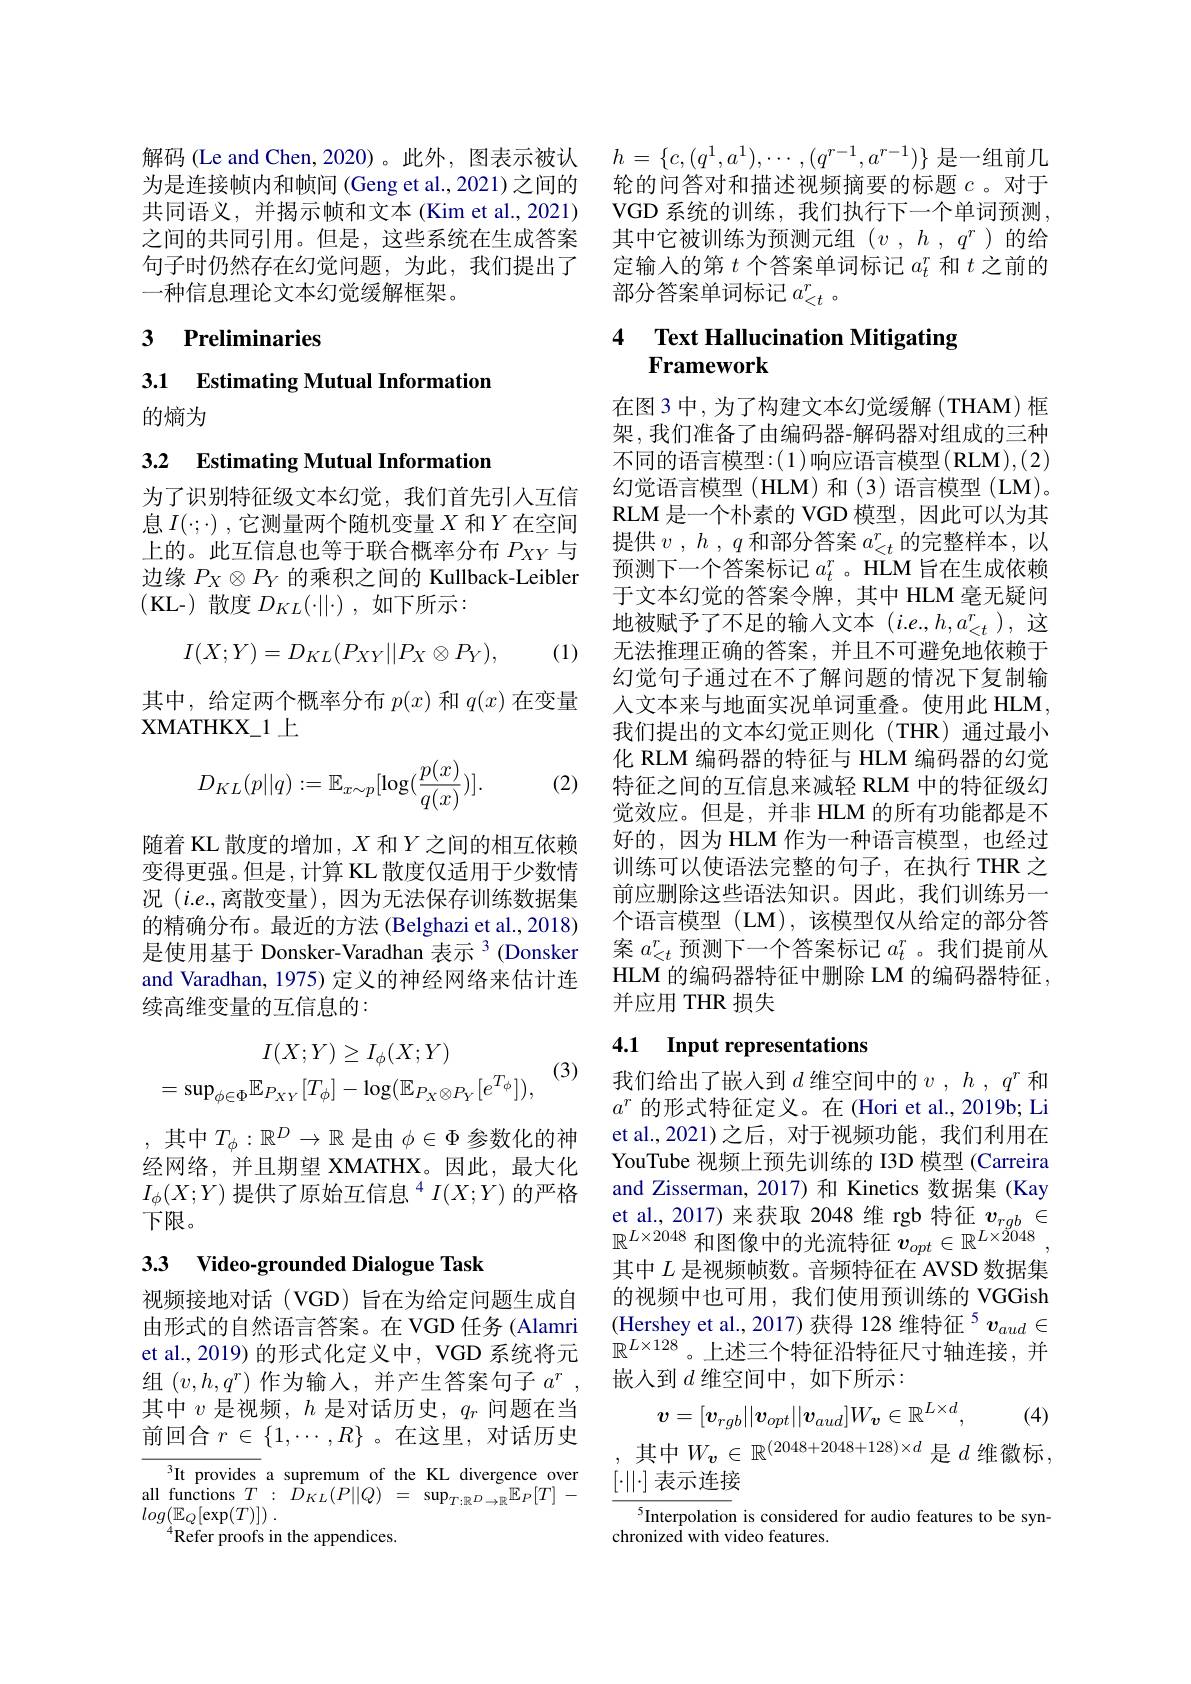
解码 (Le and Chen,2020)。此外，图表示被认为是连接帧内和帧间 (Geng et al., 2021)之间的共同语义，并揭示帧和文本(Kim et al.,2021) 之间的共同引用。但是，这些系统在生成答案句子时仍然存在幻觉问题，为此，我们提出了一种信息理论文本幻觉缓解框架。

## 3 Preliminaries

3.1 Estimating Mutual Information
# 的熵为

3.2 Estimating Mutual Information

为了识别特征级文本幻觉，我们首先引入互信息$I(\cdot;\cdot)$ ,它测量两个随机变量$X$和$Y$在空间上的。此互信息也等于联合概率分布$P_{XY}$与边缘$P_X\otimes P_Y$的乘积之间的 Kullback-Leibler (KL-)散度$D_KL(\cdot||\cdot)$,如下所示：
$$I(X;Y)=D_{KL}(P_{XY}||P_X\otimes P_Y),$$
(1)

其中，给定两个概率分布$p(x)$和$q(x)$在变量
XMATHKX$\_$1上
$$D_{KL}(p||q):=\mathbb{E}_{x\sim p}[\log(\frac{p(x)}{q(x)})].$$
(2)

随着 KL 散度的增加，$X$和$Y$之间的相互依赖变得更强。但是，计算 KL 散度仅适用于少数情况 $(i.e.$,离散变量),因为无法保存训练数据集的精确分布。最近的方法 (Belghazi et al., 2018) 是使用基于 Donsker-Varadhan 表示 3(Donsker and Varadhan, 1975) 定义的神经网络来估计连续高维变量的互信息的：
$$I(X;Y)\geq I_{\phi}(X;Y)\\=\sup_{\phi\in\Phi}\mathbb{E}_{P_{XY}}[T_{\phi}]-\log(\mathbb{E}_{P_{X}\otimes P_{Y}}[e^{T_{\phi}}]),$$
(3)

,其中$T_\phi:\mathbb{R}^D\to\mathbb{R}$是由$\phi\in\Phi$参数化的神经网络，并且期望 XMATHX。因此，最大化$I_\phi ( X; Y) \text{ 提 供 了 原 始 互 信 息 }^4I( X; Y)$ 的 严 格 下限。

## 3.3 Video-grounded Dialogue Task

视频接地对话(VGD) 旨在为给定问题生成自由形式的自然语言答案。在 VGD 任务 (Alamrin) et al., 2019) 的形式化定义中，VGD 系统将元组$(v,h,q^r)$作为输入，并产生答案句子$a^r$, 其中$v$是视频，$h$是对话历史，$q_r$问题在当前回合$r\in\{1,\cdots,R\}$。在这里，对话历史

It provides a supremum of the KL divergence over $\begin{array}{ccc}{\mathrm{all~functions~}T}:&{\dot{D}}_{KL}(P||Q)&{=}&{\mathrm{sup}}_{T:\mathbb{R}^{D}\to\mathbb{R}}\mathbb{E}_{P}[T]\end{array}-$ $log( \mathbb{E} _Q[ \exp ( T) ] )$ .
$^{4}$Refer proofs in the appendices.

$h=\{c,(q^1,a^1),\cdots,(q^{r-1},a^{r-1})\}$是一组前几轮的问答对和描述视频摘要的标题$c$ 。对于VGD 系统的训练，我们执行下一个单词预测， $其中它被训练为预测元组(v,h,q^r)的给$ 定输入的第$t$个答案单词标记$a_t^r$和$t$之前的部分答案单词标记$a_<t^r$ 。

### 4 $\textbf{Text Hallucination Mitigating}$ Framework

在图 3 中，为了构建文本幻觉缓解( THAM) 框架，我们准备了由编码器-解码器对组成的三种不同的语言模型：(1)响应语言模型(RLM),(2) 幻觉语言模型(HLM)和(3)语言模型(LM)。RLM 是一个朴素的 VGD 模型，因此可以为其提供$v$ , $h$ , $q$和部分答案$a_<t^r$的完整样本，以预测下一个答案标记$a_t^r$。HLM 旨在生成依赖于文本幻觉的答案令牌，其中 HLM 毫无疑问地被赋予了不足的输入文本$(i.e.,h,a_{<t}^r)$,这无法推理正确的答案，并且不可避免地依赖于幻觉句子通过在不了解问题的情况下复制输人文本来与地面实况单词重叠。使用此 HLM, 我们提出的文本幻觉正则化(THR)通过最小化 RLM 编码器的特征与 HLM 编码器的幻觉特征之间的互信息来减轻 RLM 中的特征级幻觉效应。但是，并非 HLM 的所有功能都是不好的，因为 HLM 作为一种语言模型，也经过训练可以使语法完整的句子，在执行 THR 之前应删除这些语法知识。因此，我们训练另一个语言模型 (LM),该模型仅从给定的部分答案$a_<t^r$预测下一个答案标记$a_t^r$。我们提前从HLM 的编码器特征中删除 LM 的编码器特征， 并应用 THR 损失

# 4.1 Input representations

我们给出了嵌人到$d$维空间中的$v,h,q^r$和$a^r$的形式特征定义。在(Hori et al., 2019b; Li et al.,2021)之后，对于视频功能，我们利用在YouTube 视频上预先训练的 I3D 模型 (Carreira and Zisserman, 2017) 和 Kinetics 数据集 (Kay et al.,2017)来获取 2048 维 rgb 特征$v_{rgb}\in$ $\mathbb{R}^{L\times2048}$和图像中的光流特征$v_opt\in \mathbb{R} ^{L\times \mathring{2} 048}$ , 其中$L$是视频帧数。音频特征在 AVSD 数据集的视频中也可用，我们使用预训练的 VGGish (Hershey et al.,2017)获得 128 维特征$^{5}v_{aud}\in$ $\mathbb{R}^{L\times128}$。上述三个特征沿特征尺寸轴连接，并嵌入到$d$维空间中，如下所示：
$$v=[v_{rgb}||v_{opt}||v_{aud}]W_{\boldsymbol{v}}\in\mathbb{R}^{L\times d},$$
(4)

, 其中$W_v\in\mathbb{R}^(2048+2048+128)\times d$ 是$d$ 维徽标，

$[\cdot||\cdot]$表示连接

$^{5}$Interpolation is considered for audio features to be syn-
chronized with video features.